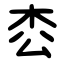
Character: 枩